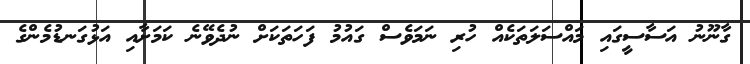
ގާނޫނު އަސާސީގައި މައްސަލަތަކެއް ހުރި ނަމަވެސް ގައުމު ފަހަތަކަށް ނުދެވޭނެ ކަމަށާއި އަޅުގަނޑުމެންގެ